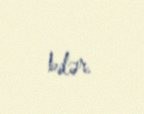
bilər.